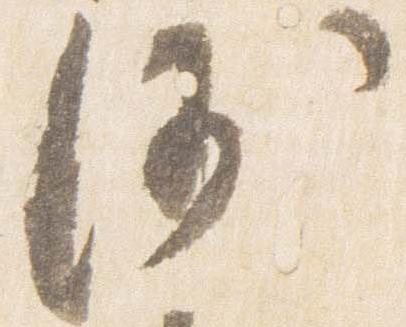
沙